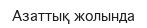
Азаттық жолында